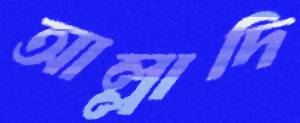
আল্লাদি